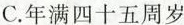
C.年满四十五周岁